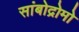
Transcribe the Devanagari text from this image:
सांबोद्रोमो